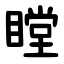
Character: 瞠